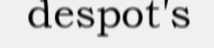
despot's